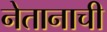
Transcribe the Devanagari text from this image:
नेतानाची